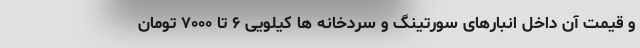
و قیمت آن داخل انبارهای سورتینگ و سردخانه ها کیلویی ۶ تا ٧٠٠٠ تومان